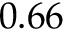
0 . 6 6